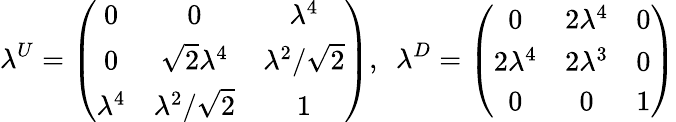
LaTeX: \lambda^{U}=\left(\begin{array}{ccc}{{0}}&{{0}}&{{\lambda^{4}}}\\ {{0}}&{{\sqrt{2}\lambda^{4}}}&{{\lambda^{2}/\sqrt{2}}}\\ {{\lambda^{4}}}&{{\lambda^{2}/\sqrt{2}}}&{{1}}\end{array}\right),\ \ \lambda^{D}=\left(\begin{array}{ccc}{{0}}&{{2\lambda^{4}}}&{{0}}\\ {{2\lambda^{4}}}&{{2\lambda^{3}}}&{{0}}\\ {{0}}&{{0}}&{{1}}\end{array}\right)